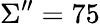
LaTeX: \Sigma^{\prime\prime}=75